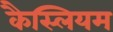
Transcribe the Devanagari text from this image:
कैस्लियम